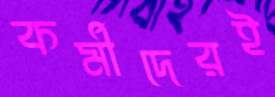
কর্মীদেরই